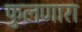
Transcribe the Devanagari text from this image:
फुलणारा